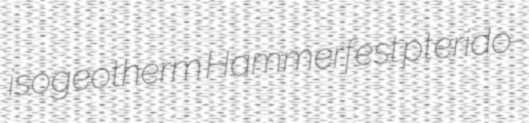
isogeotherm Hammerfest pterido-